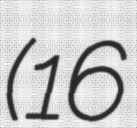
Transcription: (16